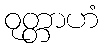
ဝုတ္တာဟံ